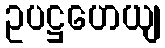
ဥပဋ္ဌဟေယျ